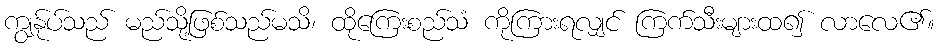
ကျွန်ုပ်သည် မည်သို့ဖြစ်သည်မသိ၊ ထိုကြေးစည်သံ ကိုကြားရလျှင် ကြက်သီးများထ၍ လာလေ၏။